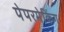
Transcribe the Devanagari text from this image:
पेपरमेकिंग